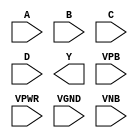
module sky130_fd_sc_ms__nor4 (
    //# {{data|Data Signals}}
    input  A   ,
    input  B   ,
    input  C   ,
    input  D   ,
    output Y   ,

    //# {{power|Power}}
    input  VPB ,
    input  VPWR,
    input  VGND,
    input  VNB
);
endmodule